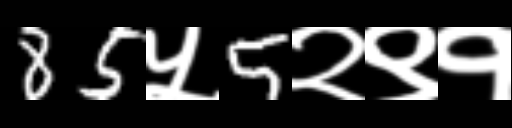
Text: 85५5२९१